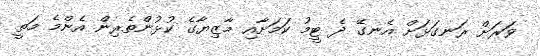
ވަރަށް ރަނގަޅަށް އެނގޭ ދެ ޓީމު ކަމަށާއި މާޒިޔާގެ ކުޅުންތެރިން އެންމެ މަތީ